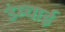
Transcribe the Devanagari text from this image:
उंम्चाई